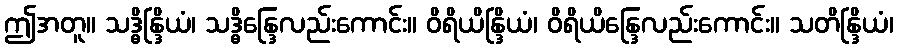
ဤအတူ။ သဒ္ဓိန္ဒြိယံ၊ သဒ္ဓိန္ဒြေလည်းကောင်း။ ဝိရိယိန္ဒြိယံ၊ ဝိရိယိန္ဒြေလည်းကောင်း။ သတိန္ဒြိယံ၊